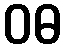
ဝဓ